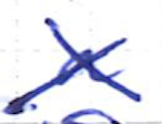
Text: a
Cross-out: cross
Writing tool: ballpoint